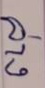
ล่าง